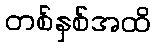
တစ်နှစ်အထိ